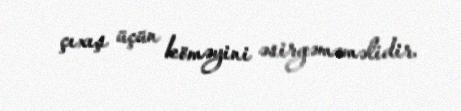
çıxış üçün köməyini əsirgəməməlidir.